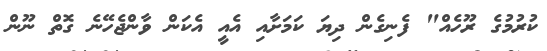
ކުރުމުގެ ރޫހެއް" ފެނިގެން ދިޔަ ކަމަށާއި އެއީ އެކަން ވާންޖެހޭނެ ގޮތް ނޫން